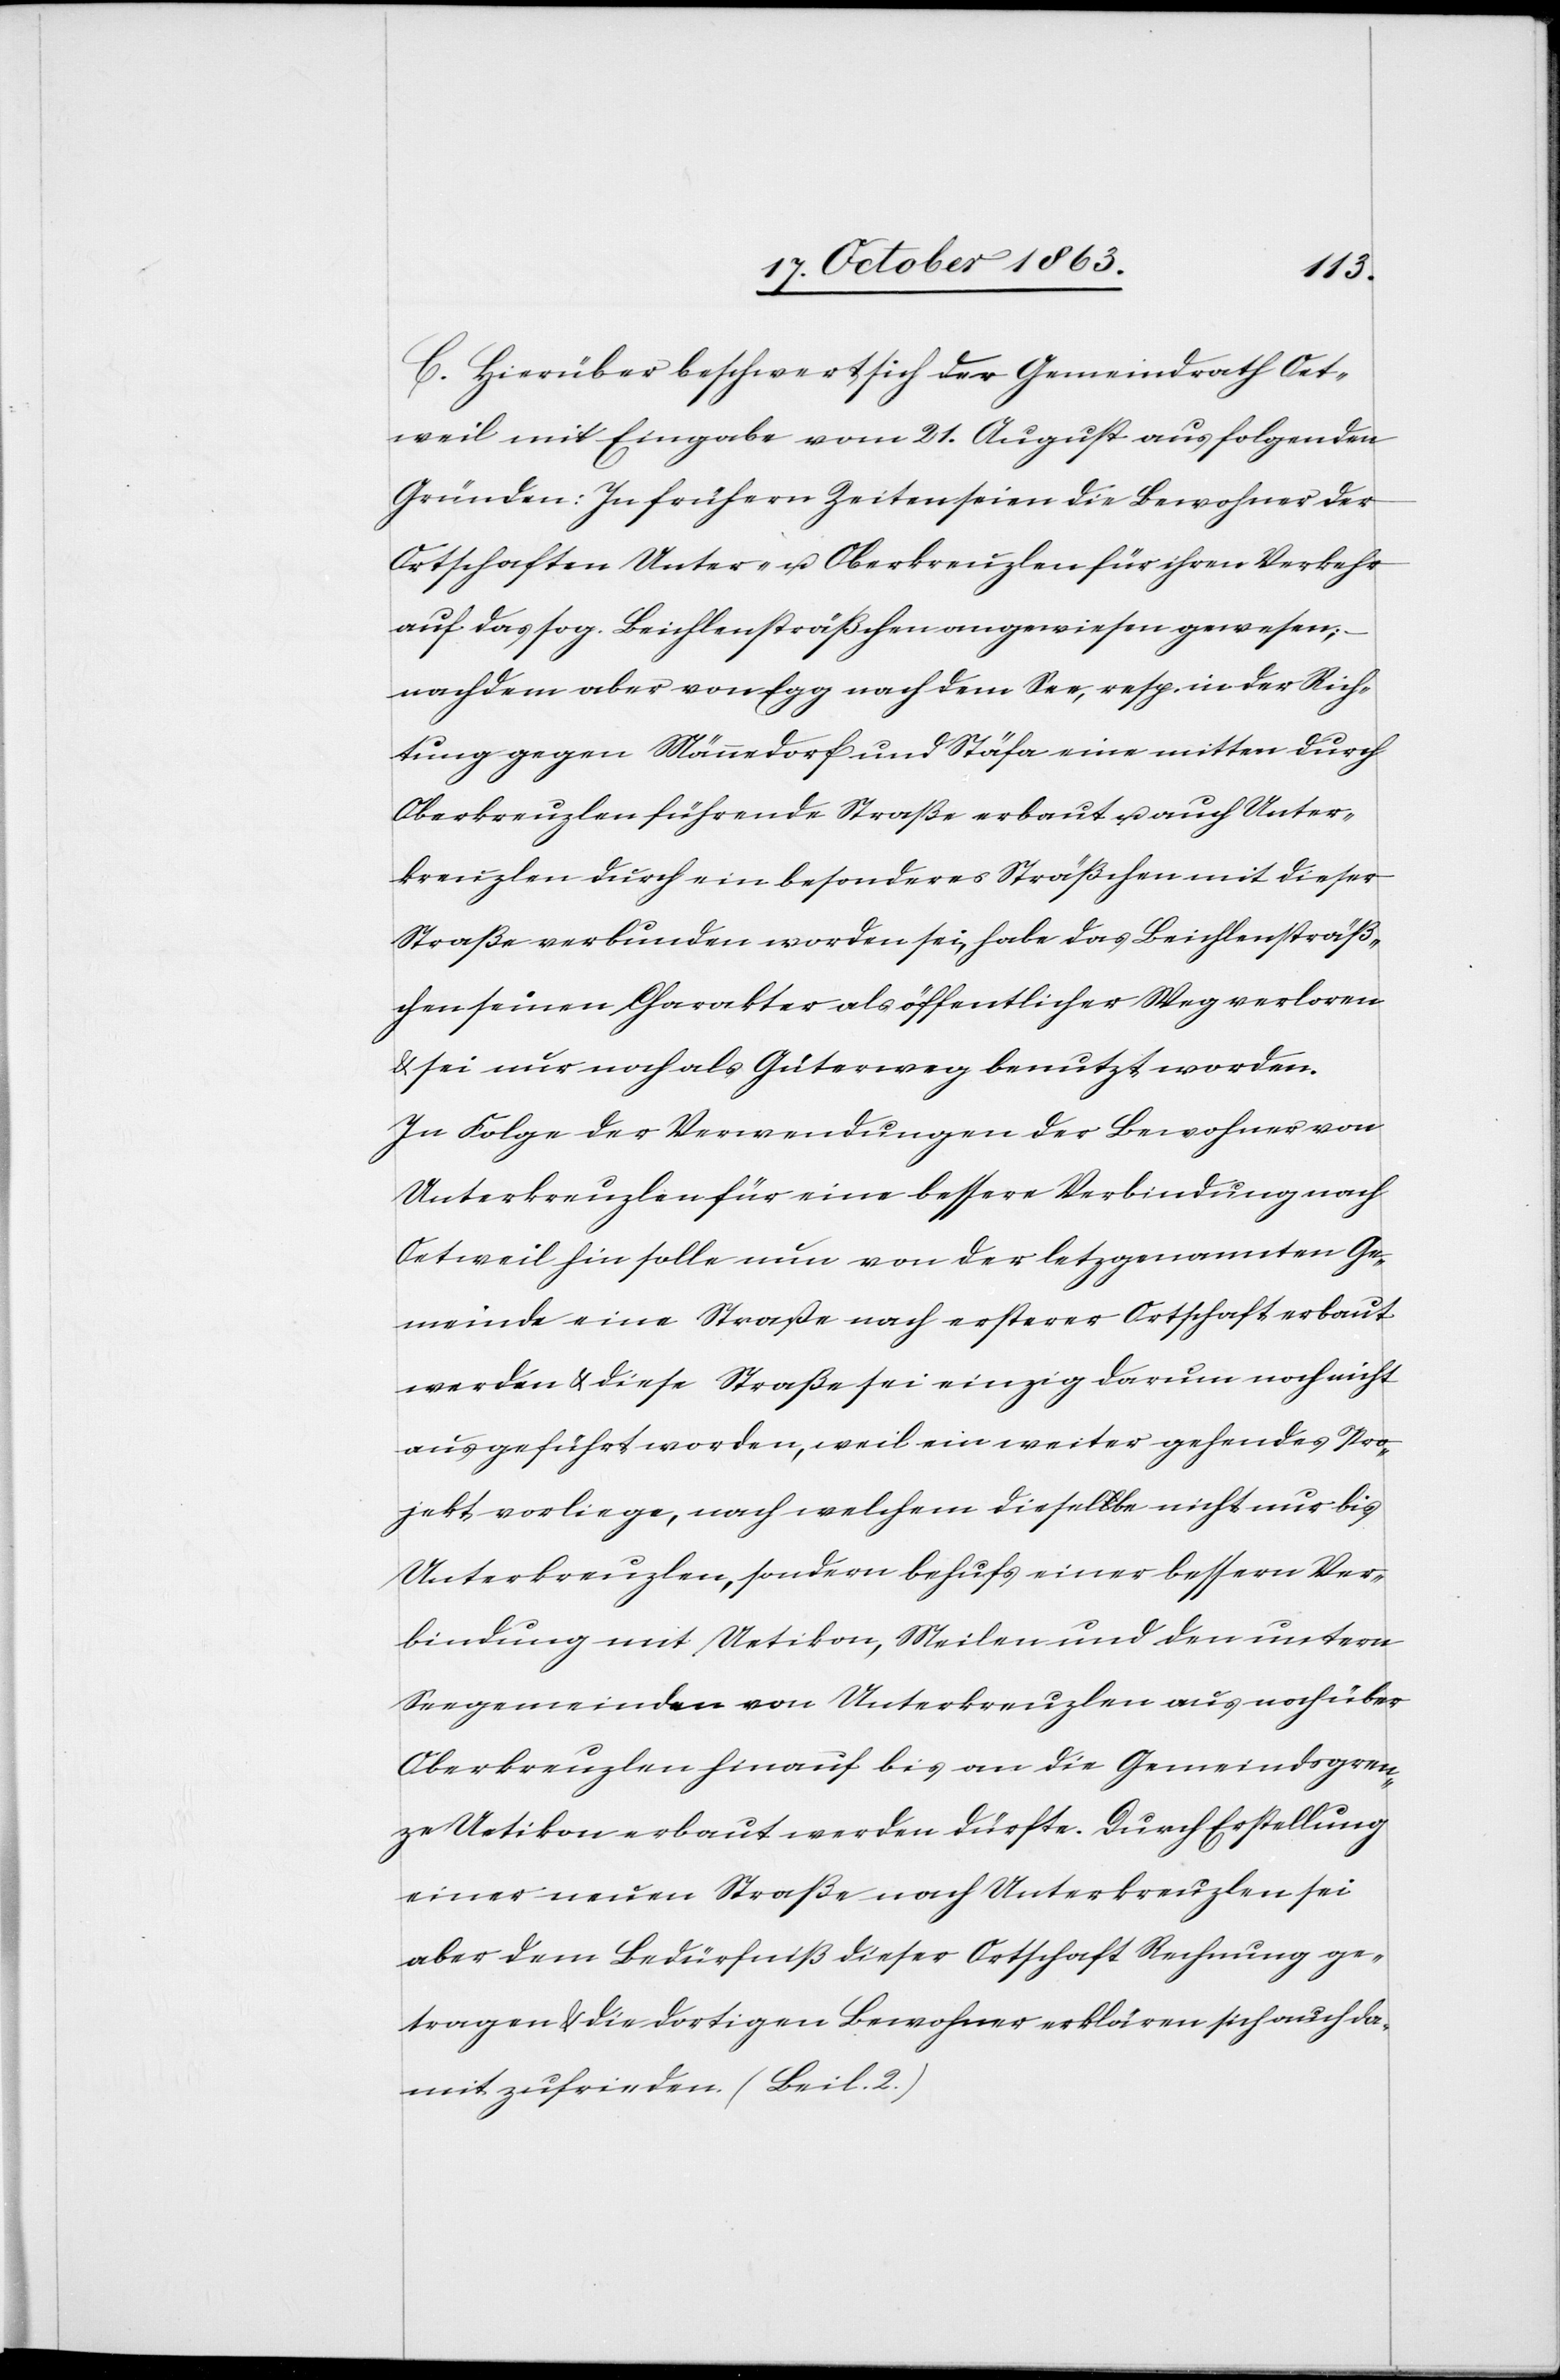
C. Hierüber beschwert sich der Gemeindrath Oet¬
weil mit Eingabe vom 21. August aus folgenden
Gründen: In frühern Zeiten seien die Bewohner der
Ortschaften Unter- u. Oberkreuzlen für ihren Verkehr
auf das sog. Beichlensträßchen angewiesen gewesen;
nachdem aber von Egg nach dem See, resp. in der Rich¬
tung gegen Männedorf und Stäfa eine mitten durch
Oberkreuzlen führende Straße erbaut u. auch Unter¬
kreuzlen durch ein besonderes Sträßchen mit dieser
Straße verbunden worden sei, habe das Beichlensträß¬
chen seinen Charakter als öffentlicher Weg verloren
& sei nur noch als Güterweg benutzt worden.
In Folge der Verwendungen der Bewohner von
Unterkreuzlen für eine bessere Verbindung nach
Oetweil hin solle nun von der letz[t]genannten Ge¬
meinde eine Straße nach ersterer Ortschaft erbaut
werden & diese Straße sei einzig darum noch nicht
ausgeführt worden, weil ein weiter gehendes Pro¬
jekt vorliege, nach welchem dieselbe nicht nur bis
Unterkreuzlen, sondern behufs einer bessern Ver¬
bindung mit Uetikon, Meilen und den untern
Seegemeinden von Unterkreuzlen aus noch über
Oberkreuzlen hinaus bis an die Gemeindsgren¬
ze Uetikon erbaut werden dürfte. Durch Erstellung
einer neuen Straße nach Unterkreuzlen sei
aber dem Bedürfniß dieser Ortschaft Rechnung ge¬
tragen & die dortigen Bewohner erklären sich auch da¬
mit zufrieden. (Beil. 2.)